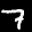
Label: 7